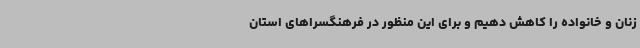
زنان و خانواده را کاهش دهیم و برای این منظور در فرهنگسراهای استان